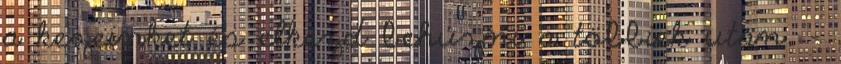
a kezeinket és elkezd behúzni a többiek után. -